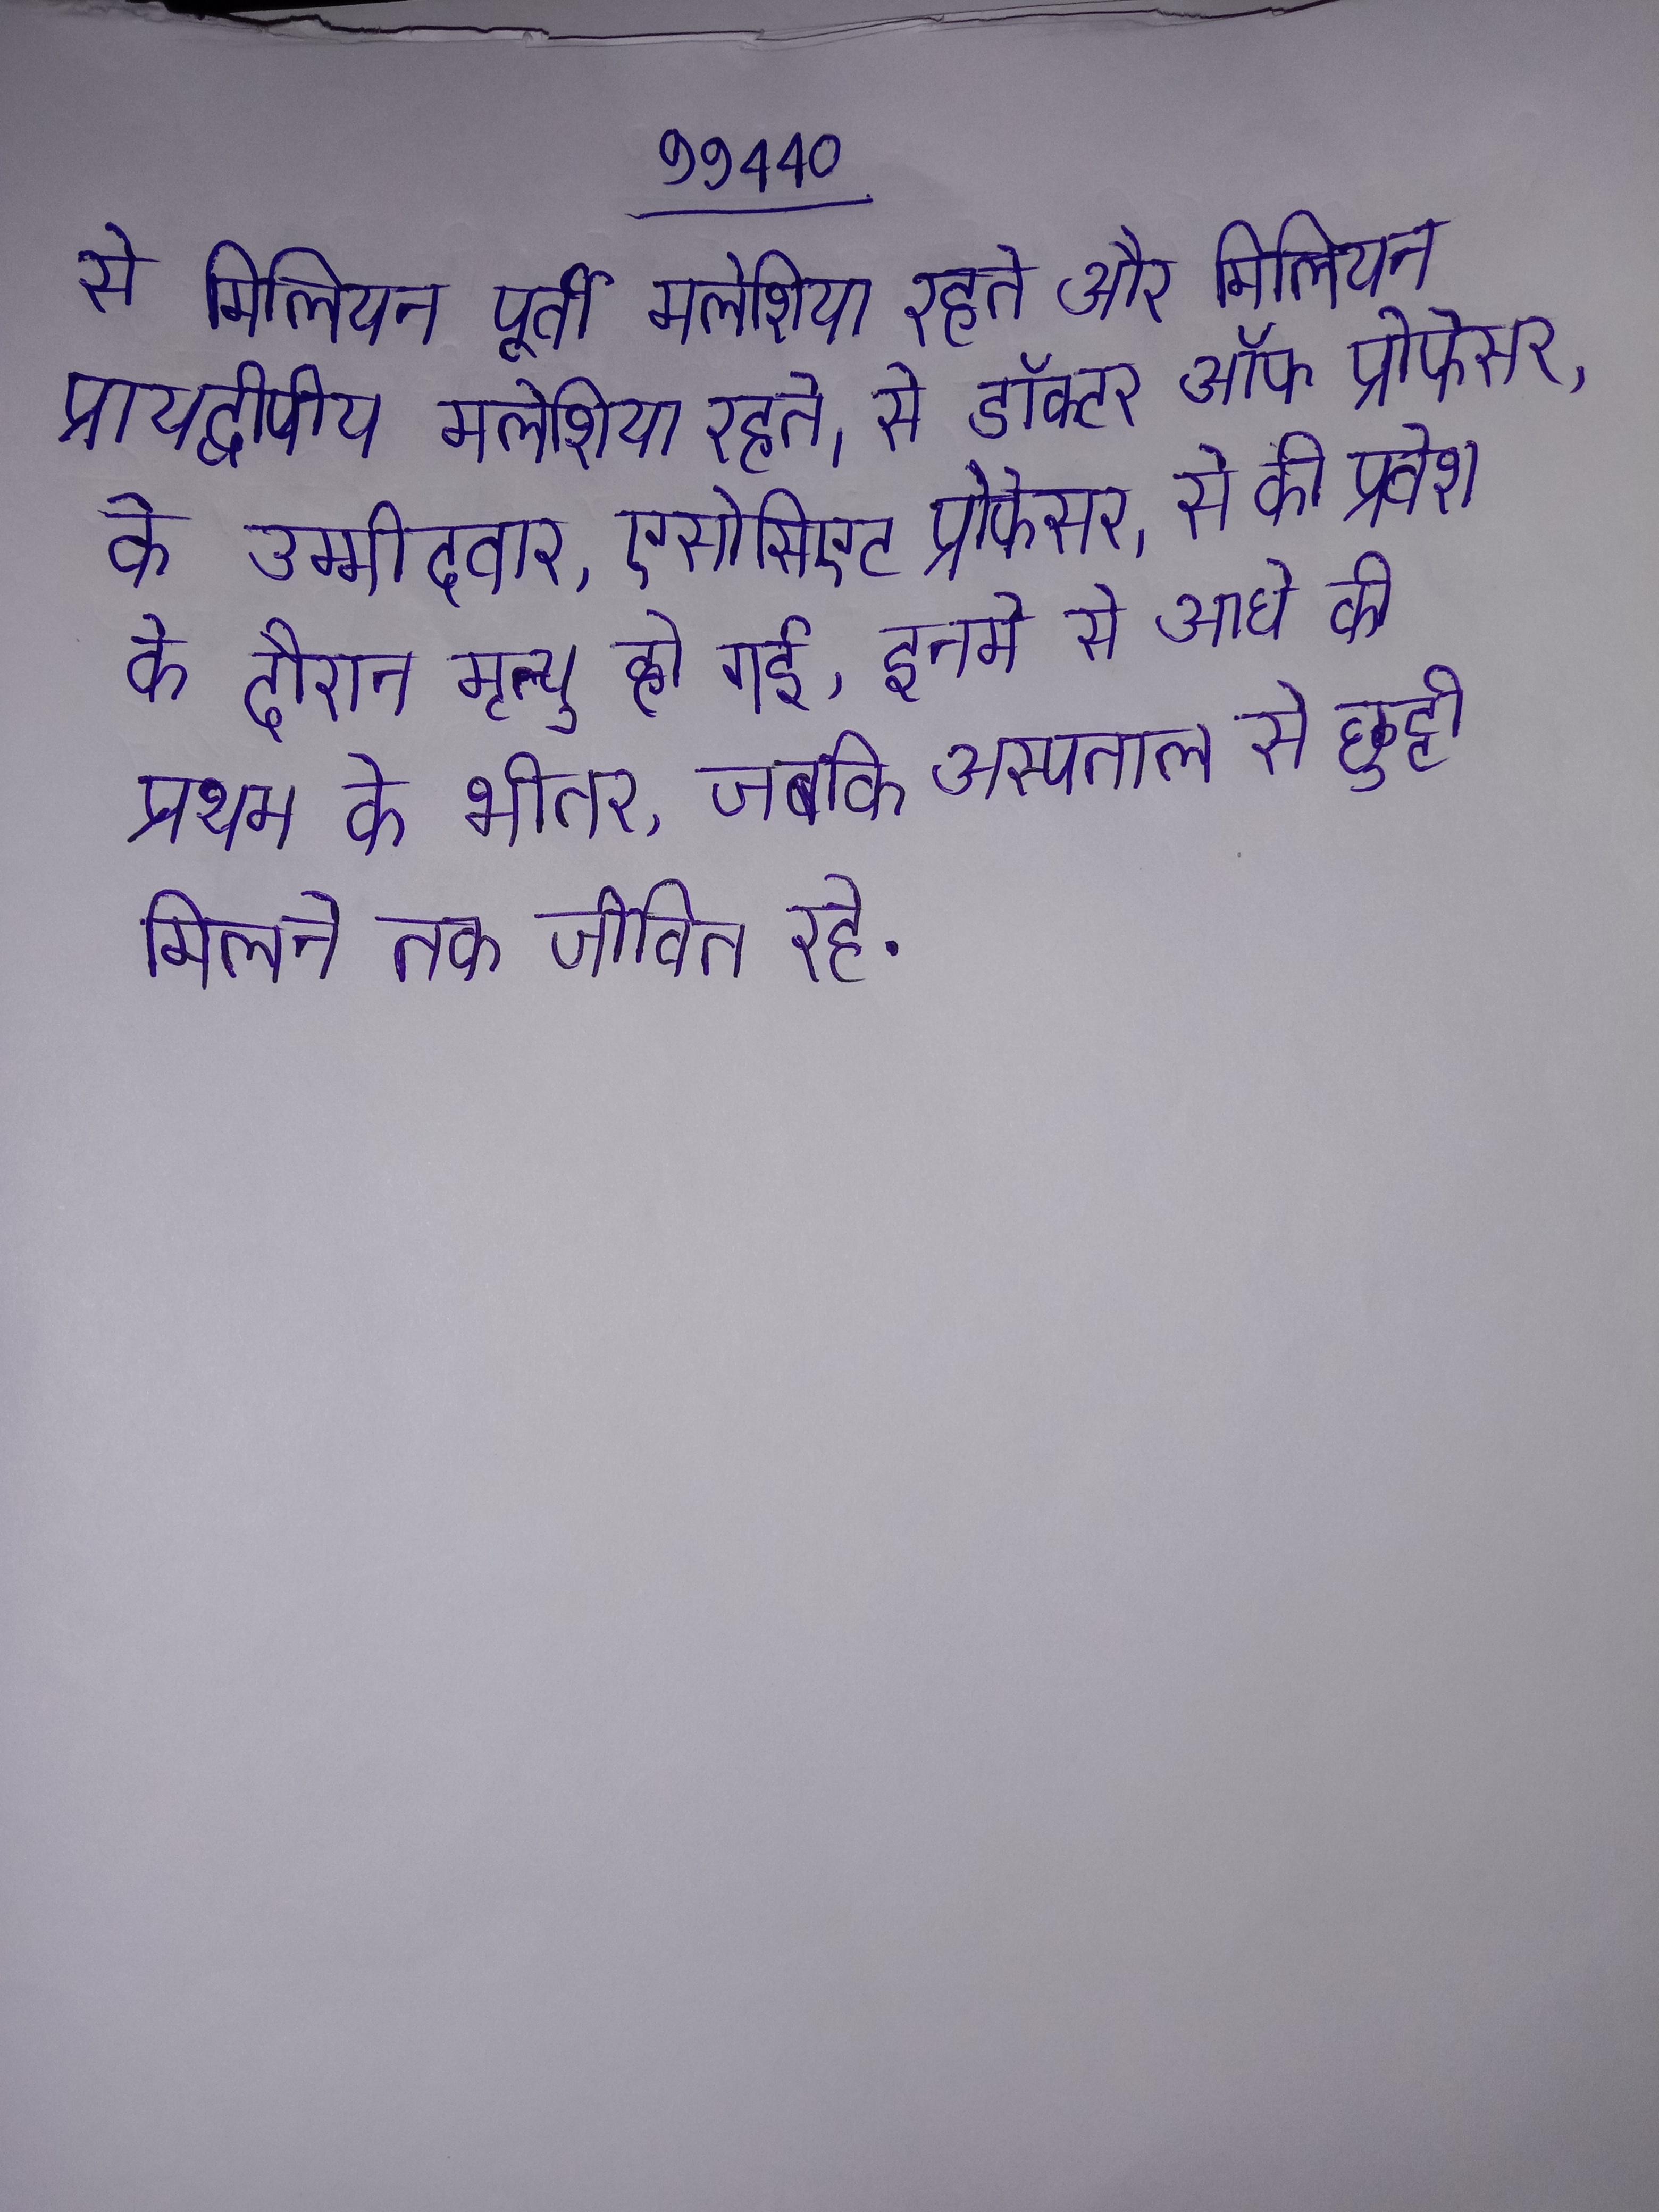
से मिलियन पूर्वी मलेशिया रहते और मिलियन प्रायद्वीपीय मलेशिया रहते । से डॉक्टर ऑफ प्रोफेसर, के उम्मीदवार, एसोसिएट प्रोफेसर । से की प्रवेश के दौरान मृत्यु हो गई, इनमे से आधे की प्रथम के भीतर, जबकि अस्पताल से छुट्टी मिलने तक जीवित रहे .